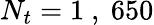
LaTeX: N_{t}=1\mathrm{~,~}650